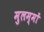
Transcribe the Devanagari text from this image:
मुलम्मों